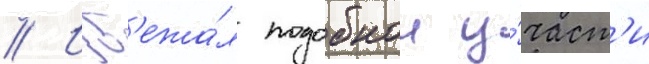
// Изб'ежа́л подобнои у́част'и